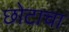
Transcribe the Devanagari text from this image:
छोटाचा